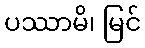
ပဿာမိ၊ မြင်